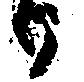
り